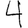
Digit: 4